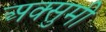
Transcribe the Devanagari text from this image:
अक्सुमी